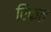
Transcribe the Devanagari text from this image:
रिफत